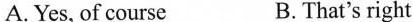
A. Yes, of course B.That's right